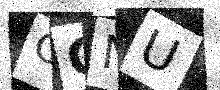
Text: OQNU